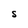
Character: S